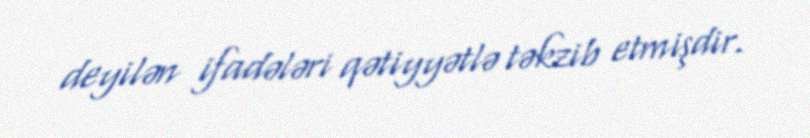
deyilən ifadələri qətiyyətlə təkzib etmişdir.